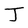
Character: J